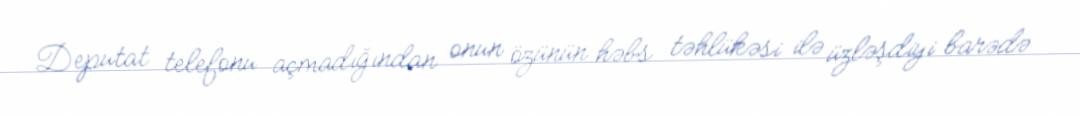
Deputat telefonu açmadığından onun özünün həbs təhlükəsi ilə üzləşdiyi barədə